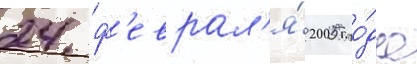
24 ф'еврал'я́ 2005 го́да